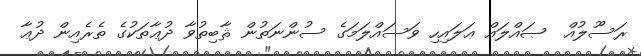
ރަސޫލުއް  ޞައްލައް ޢަލައިހި ވަސައްލަމަގެ ސުންނަތުން ޘާބިތުވާ ދުޢާތަކުގެ ތެރެއިން ދުޢާ